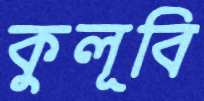
কুলূবি